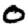
Digit: 0